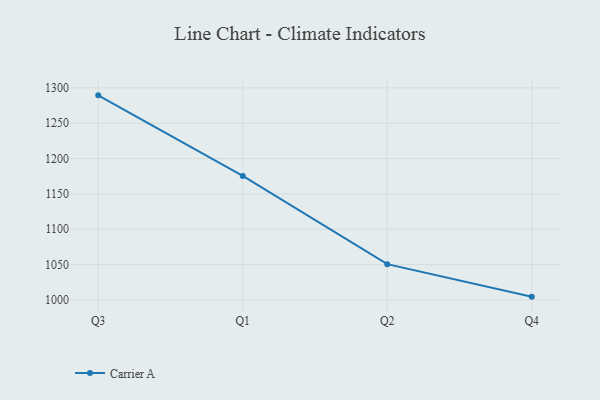
{"axis": {"x": "Quarter", "y": "Population (Million)"}, "legend": ["Carrier A"], "data": [{"x": "Q3", "y": 1289.5, "type": "Carrier A"}, {"x": "Q1", "y": 1175.4, "type": "Carrier A"}, {"x": "Q2", "y": 1050.5, "type": "Carrier A"}, {"x": "Q4", "y": 1004.5, "type": "Carrier A"}]}